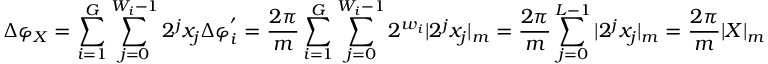
\Delta \varphi _ { X } = \sum _ { i = 1 } ^ { G } \sum _ { j = 0 } ^ { W _ { i } - 1 } 2 ^ { j } x _ { j } \Delta \varphi _ { i } ^ { ' } = \frac { 2 \pi } { m } \sum _ { i = 1 } ^ { G } \sum _ { j = 0 } ^ { W _ { i } - 1 } 2 ^ { w _ { i } } | 2 ^ { j } x _ { j } | _ { m } = \frac { 2 \pi } { m } \sum _ { j = 0 } ^ { L - 1 } | 2 ^ { j } x _ { j } | _ { m } = \frac { 2 \pi } { m } | X | _ { m }